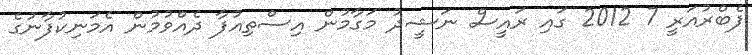
ފެބްރުއަރީ 7 2012 ގައި ރައީސް ނަޝީދު މަގާމުން އިސްތިއުފާ ދެއްވުމުން އެމަނިކުފާނުގެ